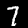
Digit: 7